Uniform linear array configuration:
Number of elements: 32
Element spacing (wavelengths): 0.75
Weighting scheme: cosine
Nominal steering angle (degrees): -15
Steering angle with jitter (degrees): -16.662
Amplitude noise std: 0.05
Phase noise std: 0.05

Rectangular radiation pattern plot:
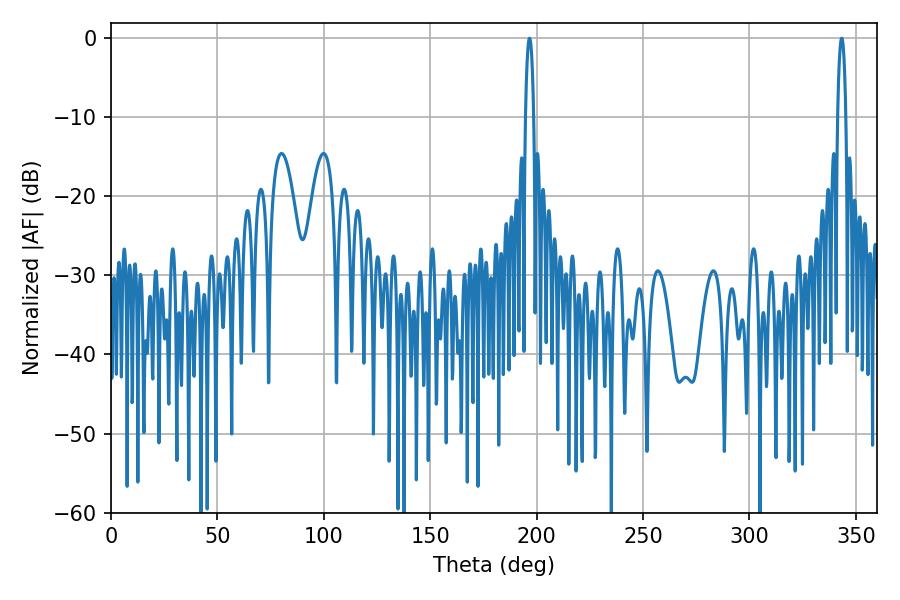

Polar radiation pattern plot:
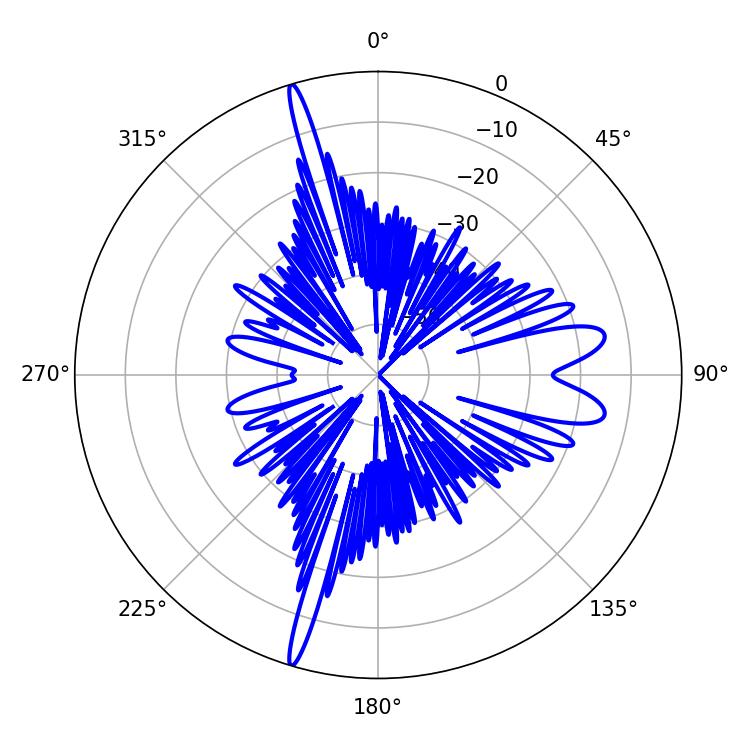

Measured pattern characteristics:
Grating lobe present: TRUE
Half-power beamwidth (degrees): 1.98
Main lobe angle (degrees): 196.74